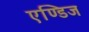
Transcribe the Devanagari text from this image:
एण्डिज